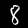
Label: 8